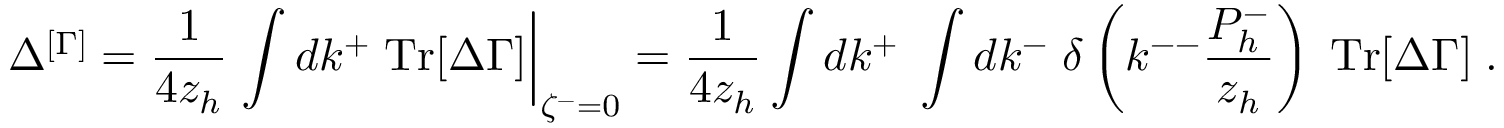
\Delta ^ { [ \Gamma ] } = \frac { 1 } { 4 z _ { h } } \left. \int d k ^ { + } \; \mathrm { T r } [ \Delta \Gamma ] \right| _ { \zeta ^ { - } = 0 } = \frac { 1 } { 4 z _ { h } } \int d k ^ { + } \; \int d k ^ { - } \; \delta \left( k ^ { -- } \frac { P _ { h } ^ { - } } { z _ { h } } \right) \; \mathrm { T r } [ \Delta \Gamma ] \; .